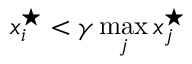
x _ { i } ^ { \star } < \gamma \operatorname* { m a x } _ { j } x _ { j } ^ { \star }